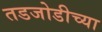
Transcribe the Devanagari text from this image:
तडजोडीच्या